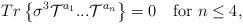
LaTeX: \begin{align*}Tr\left\{\sigma^3{\cal T}^{a_1}...{\cal T}^{a_n}\right\} = 0 \quad {\rm for} \,\, n \leq 4 ,\end{align*}